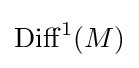
\operatorname {Diff} ^{1}(M)